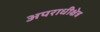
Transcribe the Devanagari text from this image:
अपराधीक्षेत्र